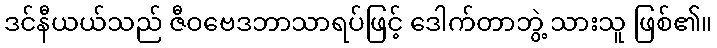
ဒင်နီယယ်သည် ဇီဝဗေဒဘာသာရပ်ဖြင့် ဒေါက်တာဘွဲ့ သားသူ ဖြစ်၏။